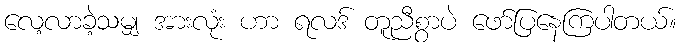
လေ့လာခဲ့သမျှ အားလုံး ဟာ ရလဒ် တူညီစွာပဲ ဖော်ပြနေကြပါတယ်။